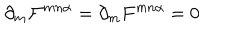
\partial _ { m } { \cal F } ^ { m n \alpha } = \partial _ { m } F ^ { m n \alpha } = 0